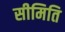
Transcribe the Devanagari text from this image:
सीमिति